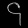
Digit: ၄